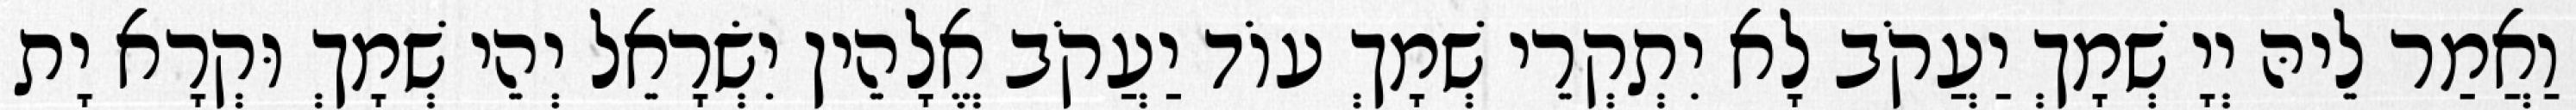
וַאֲמַר לֵיהּ יְיָ שְׁמָךְ יַעֲקֹב לָא יִתְקְרֵי שְׁמָךְ עוֹד יַעֲקֹב אֱלָהֵין יִשְׂרָאֵל יְהֵי שְׁמָךְ וּקְרָא יָת